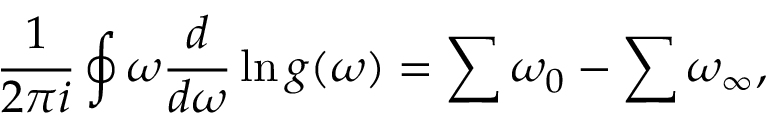
\frac { 1 } { 2 \pi i } \oint \omega \frac { d } { d \omega } \ln g ( \omega ) = \sum \omega _ { 0 } - \sum \omega _ { \infty } ,